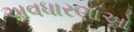
અવધારણાઓ